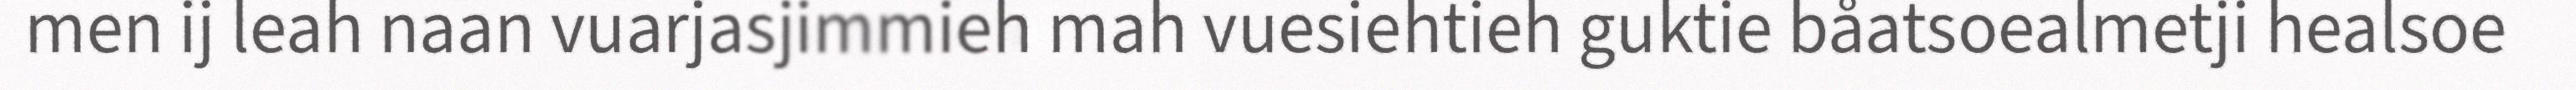
men ij leah naan vuarjasjimmieh mah vuesiehtieh guktie båatsoealmetji healsoe